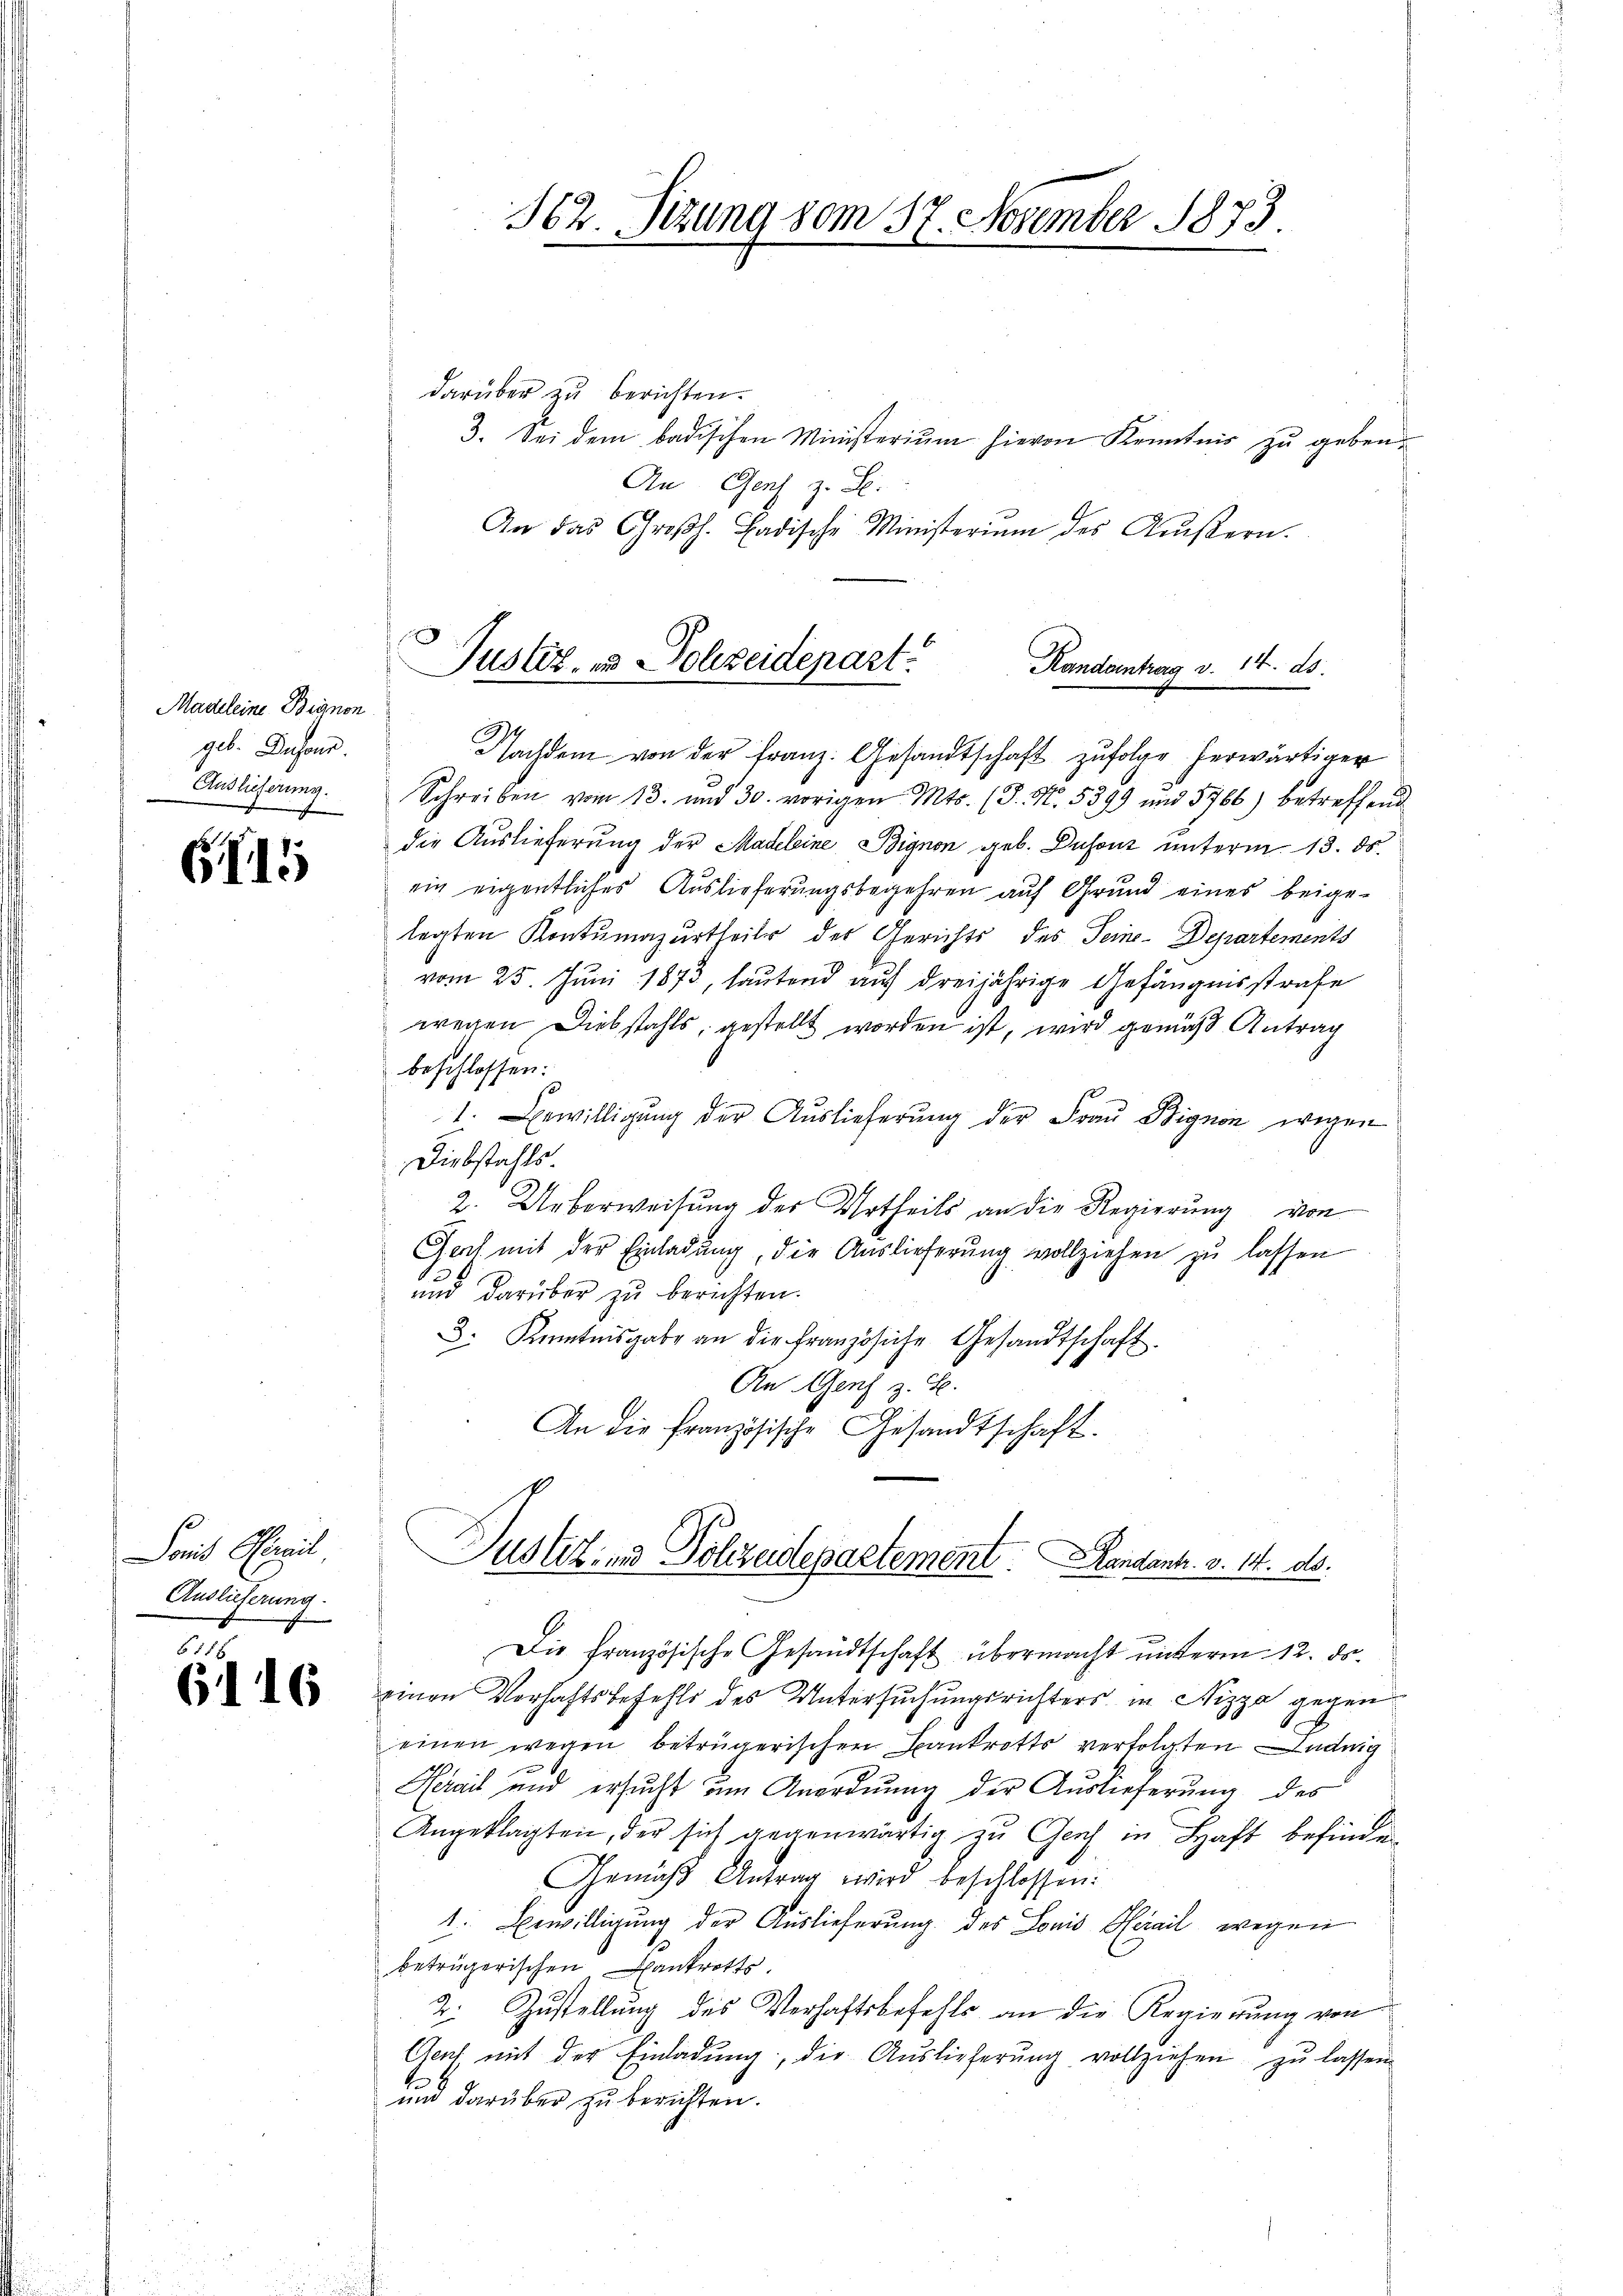
Madeleine Bianon
geb. Desond.
Auslieferung.

G. 15

Loris Climit
Auslieferung

|

671
6116

562. Sitzung vom 17 November 1873.
K

darüber zu berichten.
3. Sei dem badischen Ministerium hievon Kenntnis zu geben.
An Gent z. B.
An das Großh. Badische Ministerium des Aŭβern.
Nachdem von der Franz. Gesandtschaft zufolge herwärtiger
Schreiben vom 13. und 30. vorigen Mts. (T. M. 5399 und 5766) betreffend
die Auslieferung der Madeleine Bignon geb. Dusenz unterm 13. ds.
ein eigentliches Auslieferungsbegehren auf Grund eines beigelegten Kontumazurtheils der Gerichts des Seine Departements
vom 25. Juni 1873, lautend auf dreijährige Gefängnisstrafe
wegen Diebstahls, gestellt worden ist, wird gemäß Antrag
beschlossen:
1. Bewilligŭng der Auslieferŭng der Fraŭ Bignon wegen
Diebstahls
2. Ueberweisung des Urtheils an die Regierung von
Joch mit der Einladŭng, die Auslieferŭng vollziehen zŭ lassen
.
und darüber zu berichten.
3. Kenntnisgabe an die französiche Gesandtschaft.
An Genf z. B.
An die Französische Gesandtschaft.
Justiz- und Polizeidepartement. Handants. v. 14. ds.
Die Französische Gesandtschaft übermacht unterm 12. ds.
einen Verhaftsbefehls des Untersuchungsrichters in Nizza gegen
einen wegen betrügerischen Bankrotts verfolgten ang
Herait und ersucht um Anordnung der Auslieferung des
Angeklagten, der sich gegenwärtig zu Genf in Haft befinden
Gemäβ Antrag wird beschlossen:
1. Bewilligung der Auslieferung des Louis Herail wegen
beträgerischen Bankrotts
2. Zŭstellŭng des Verhaftsbefehls an die Regierŭng von
Genf mit der Einladŭng, die Aŭslieferŭng vollziehen zŭ lassen.
um darüber zu berichten.

Justiz- und Schreidepart
Kandantrag v. 14. ds.